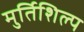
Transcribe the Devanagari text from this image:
मुर्तिशिल्प